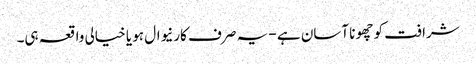
شرافت کو چھونا آسان ہے - یہ صرف کارنیوال ہو یا خیالی واقعہ ہی۔